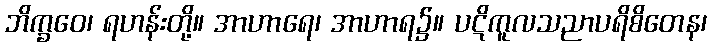
ဘိက္ခဝေ၊ ရဟန်းတို့။ အာဟာရေ၊ အာဟာရ၌။ ပဋိကူလသညာပရိစိတေန၊